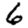
Digit: 6